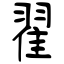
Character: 翟